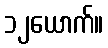
၁၂ယောက်။